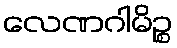
လေဏဂါမိဉ္စ